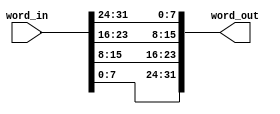
module endian_swapper_ram (
	word_in,
	word_out
);
	input wire [31:0] word_in;
	output wire [31:0] word_out;
	parameter WORD_SIZE = 32;
	generate
		genvar i;
		for (i = 0; i < (WORD_SIZE / 8); i = i + 1) begin : word_assign
			assign word_out[(WORD_SIZE - (8 * i)) - 1:WORD_SIZE - (8 * (i + 1))] = word_in[((i + 1) * 8) - 1:i * 8];
		end
	endgenerate
endmodule